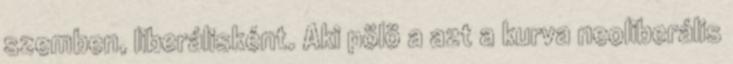
szemben, liberálisként. Aki pölö a azt a kurva neoliberális